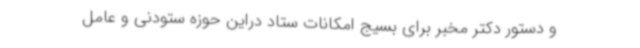
و دستور دکتر مخبر برای بسیج امکانات ستاد دراین حوزه ستودنی و عامل